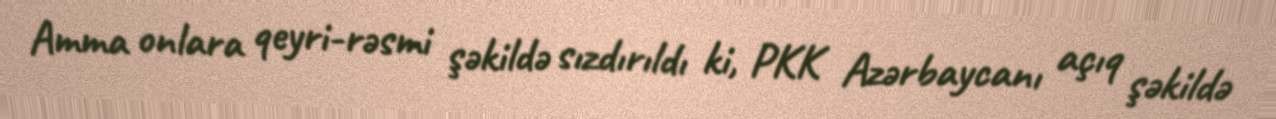
Amma onlara qeyri-rəsmi şəkildə sızdırıldı ki, PKK Azərbaycanı açıq şəkildə